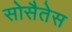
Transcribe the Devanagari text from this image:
सोसैतेस